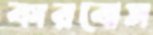
কারবোস